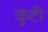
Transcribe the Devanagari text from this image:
कुंटी